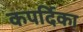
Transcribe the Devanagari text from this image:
कपर्दिका